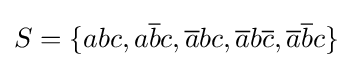
S=\{abc,a{\overline {b}}c,{\overline {a}}bc,{\overline {a}}b{\overline {c}},{\overline {a}}{\overline {b}}c\}